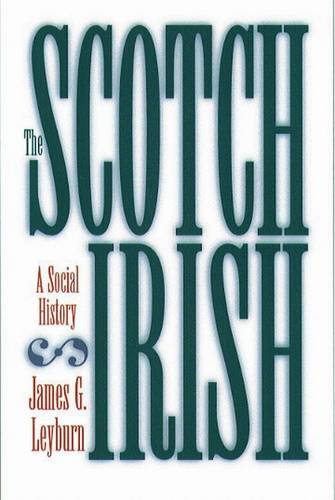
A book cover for The Scotch-Irish: A Social History; James G. Leyburn; History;